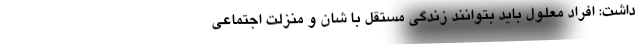
داشت: افراد معلول باید بتوانند زندگی مستقل با شان و منزلت اجتماعی